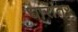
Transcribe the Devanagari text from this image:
धारांतर